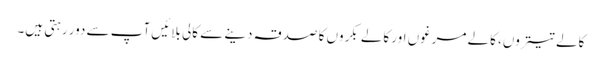
کالے تیتروں، کالے مرغوں اور کالے بکروں کا صدقہ دینے سے کالی بلائیں آپ سے دور رہتی ہیں۔